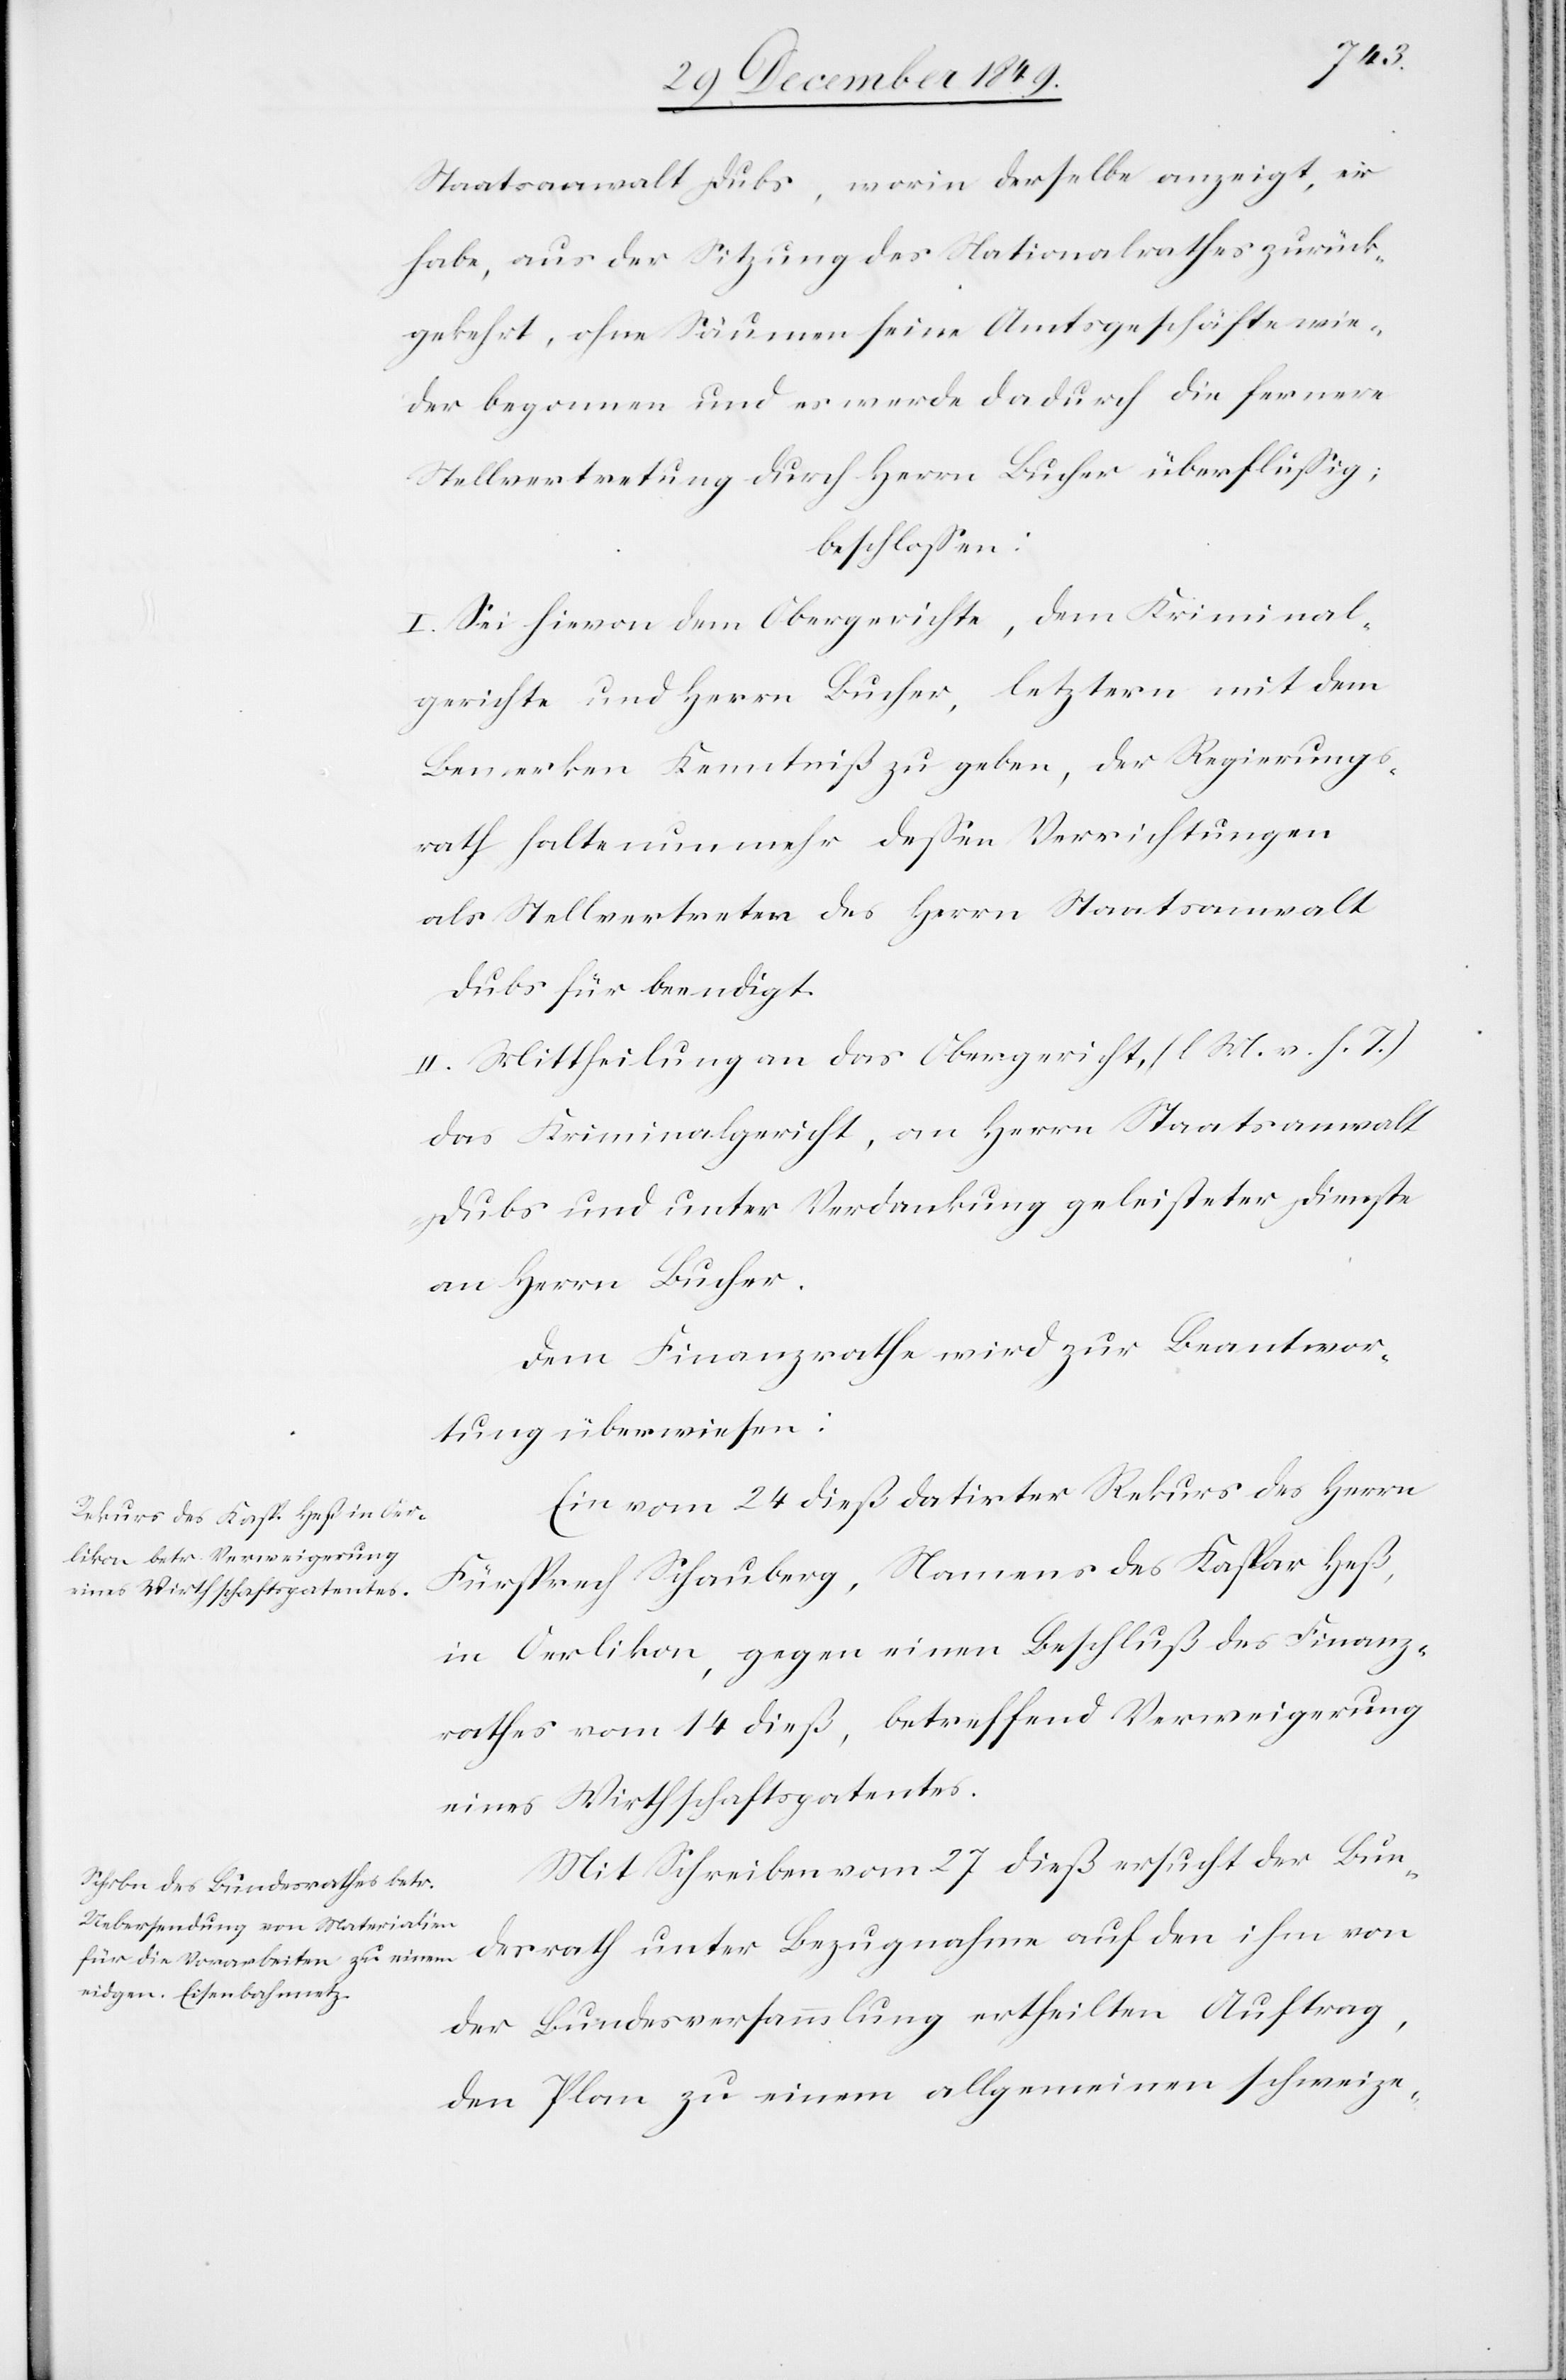
Staatsanwalt Dubs, worin derselbe anzeigt, er
habe, aus der Sitzung des Nationalrathes zurück¬
gekehrt, ohne Säume seine Amtsgeschäfte wie¬
der begonnen und es wurde dadurch die fernere
Stellvertretung durch Herrn Bucher überflüßig
beschloßen:
I. Sei hievon dem Obergerichte, dem Kriminal¬
gerichte und Herrn Bucher, letztern mit dem
Bemerken Kenntniß zu geben, der Regierungs¬
rath halte nun mehr deßen Verrichtungen
als Stellvertreter des Herrn Staatsanwalt
Dubs für beendigt.
II. Mittheilung an das Obergericht [l. M. v. h. T]
das Kriminalgericht, an Herrn Staatsanwalt
Dem Finanzrathe wird zur Beantwor¬
tung überwiesen:
Ein vom 24 dieß datirter Rekurs des Herrn
Fürsprech Schauberg, Namens des Kaspar Heß,
in Oerlikon, gegen einen Beschluß des Finanz¬
rathes vom 14 dieß, betreffend Verweigerung
eines Wirthschaftspatentes.
Mit Schreiben vom 27 dieß ersucht der Bun¬
desrath unter Bezugnahme auf den ihm von
der Bundesversammlung ertheilten Auftrag
den Plan zu einem allgemeinen schweize-